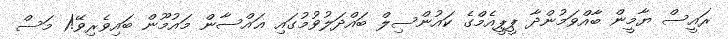
ރައީސް ޔާމީން ބާއްވަމުންދާ ޕީޕީއެމްގެ ކައުންސިލް ބައްދަލުވުމުގައި ޣައްސާން މައުމޫން ބައިވެރިވޭ!1 މަސް